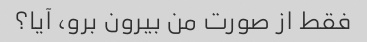
فقط از صورت من بیرون برو، آیا؟